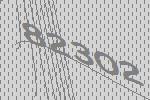
82302